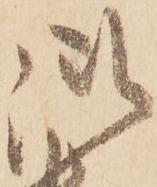
御